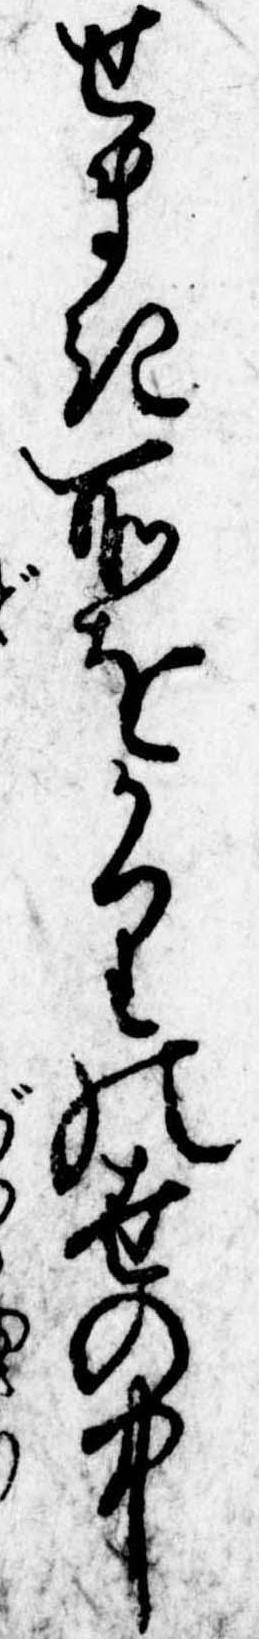
せまき所をかりの世の中